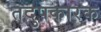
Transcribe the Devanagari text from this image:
तदुपकारक